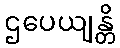
ဌပေယျန္တိ